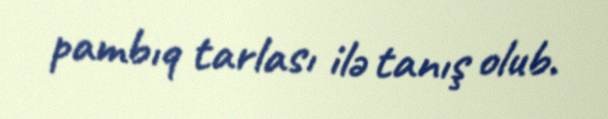
pambıq tarlası ilə tanış olub.